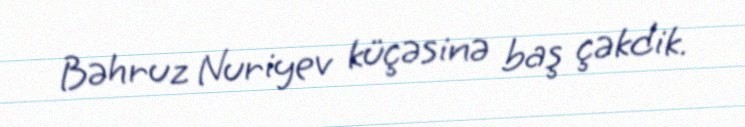
Bəhruz Nuriyev küçəsinə baş çəkdik.